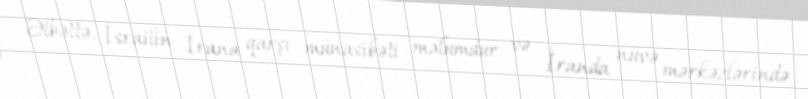
Əlbəttə, İsrailin İrana qarşı münasibəti məlumdur və İranda nüvə mərkəzlərində